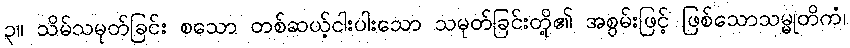
၃။ သိမ်သမုတ်ခြင်း စသော တစ်ဆယ့်ငါးပါးသော သမုတ်ခြင်းတို့၏ အစွမ်းဖြင့် ဖြစ်သောသမ္မုတိကံ၊